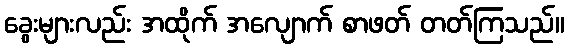
ခွေးများလည်း အထိုက် အလျောက် စာဖတ် တတ်ကြသည်။